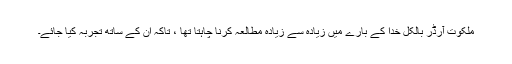
ملکوت آرڈر بالکل خدا کے بارے میں زیادہ سے زیادہ مطالعہ کرنا چاہتا تھا ، تاکہ ان کے ساتھ تجربہ کیا جائے۔